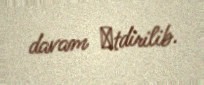
davam еtdirilib.